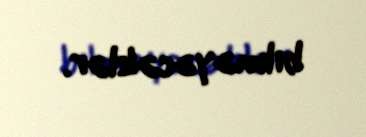
bilməyəcəklər.